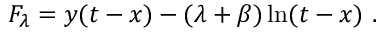
F _ { \lambda } = y ( t - x ) - ( \lambda + \beta ) \ln ( t - x ) ~ .